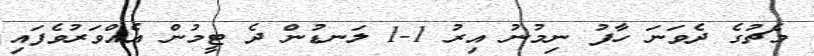
މެޗުގެ ދެވަނަ ހާފު ނިމުނު އިރު 1-1 ލަނޑުން ދެ ޓީމުން އެއްވަރުވެފައި